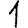
Digit: 1